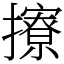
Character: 𢸘